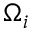
\Omega _ { i }